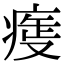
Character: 𤷺